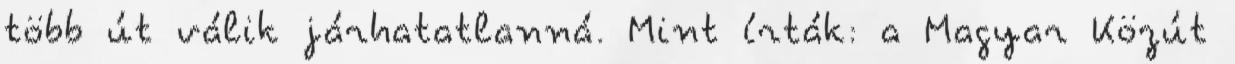
több út válik járhatatlanná. Mint írták: a Magyar Közút